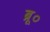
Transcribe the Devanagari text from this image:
ब्रू०